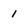
Character: 1